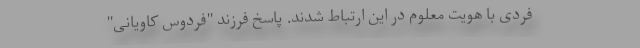
فردی با هویت معلوم در این ارتباط شدند. پاسخ فرزند "فردوس کاویانی"